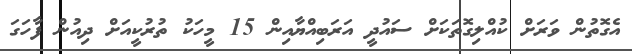
އެގޮތުން ވަރަށް ކުއްލިގޮތަކަށް ސައުދީ އަރަބިއްޔާއިން 15 މީހަކު ތުރުކީއަށް ދިއުން ފާހަގަ